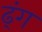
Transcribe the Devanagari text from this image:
ढ्ंग